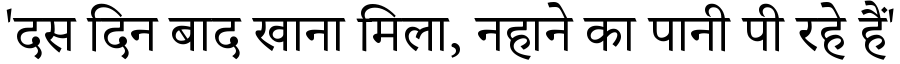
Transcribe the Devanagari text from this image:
'दस दिन बाद खाना मिला, नहाने का पानी पी रहे हैं'